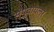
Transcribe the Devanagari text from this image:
स्प्वायलर